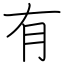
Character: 有